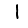
Digit: 1